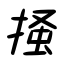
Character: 掻